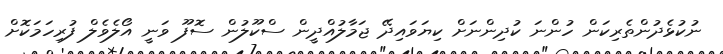
ނުކުޅެދުންތެރިކަން ހުންނަ ކުދިންނަށް ކިޔަވައިދޭ ޖަމާލުއްދީން ސްކޫލުން ސޮފޫ ވަނީ އޯލެވެލް ފުރިހަމަކޮށް